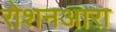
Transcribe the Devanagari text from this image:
रोशनआरा